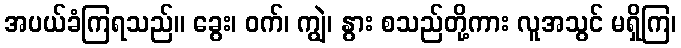
အပယ်ခံကြရသည်။ ခွေး၊ ဝက်၊ ကျွဲ၊ နွား စသည်တို့ကား လူအသွင် မရှိကြ၊